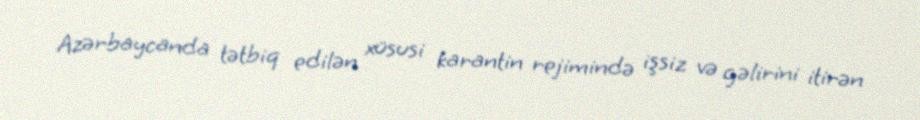
Azərbaycanda tətbiq edilən xüsusi karantin rejimində işsiz və gəlirini itirən